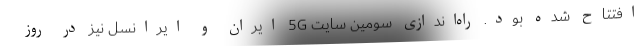
افتتاح شده بود. راه‌اندازی سومین سایت 5G ایران و ایرانسل نیز در روز